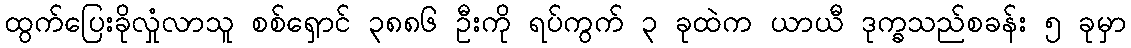
ထွက်ပြေးခိုလှုံလာသူ စစ်ရှောင် ၃၈၈၆ ဦးကို ရပ်ကွက် ၃ ခုထဲက ယာယီ ဒုက္ခသည်စခန်း ၅ ခုမှာ